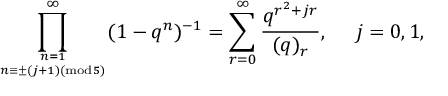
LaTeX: \displaystyle \prod _ { n = 1 \atop n \equiv \pm ( j + 1 ) ( \mathrm { m o d } 5 ) } ^ { \infty } ( 1 - q ^ { n } ) ^ { - 1 } = \displaystyle \sum _ { r = 0 } ^ { \infty } \frac { q ^ { r ^ { 2 } + j r } } { ( q ) _ { r } } , ~ ~ ~ ~ j = 0 , 1 ,